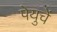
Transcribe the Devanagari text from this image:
पेयुचें